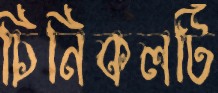
চিনিকলটি